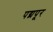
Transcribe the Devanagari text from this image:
पद्मपूर